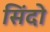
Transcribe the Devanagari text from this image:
सिंदो